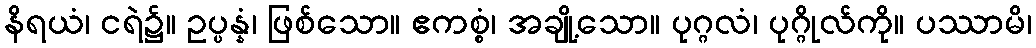
နိရယံ၊ ငရဲ၌။ ဥပ္ပန္နံ၊ ဖြစ်သော။ ဧကစ္စံ၊ အချို့သော။ ပုဂ္ဂလံ၊ ပုဂ္ဂိုလ်ကို။ ပဿာမိ၊